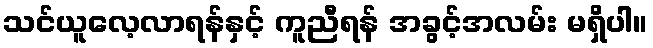
သင်ယူလေ့လာရန်နှင့် ကူညီရန် အခွင့်အလမ်း မရှိပါ။